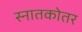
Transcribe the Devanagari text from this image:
स्‍नातकोतर